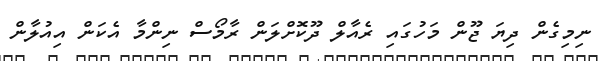
ނިމިގެން ދިޔަ ޖޫން މަހުގައި ރެއާލް ދޫކޮށްލަން ރާމޯސް ނިންމާ އެކަން އިއުލާން